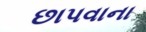
છાપવાના